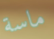
ماسة